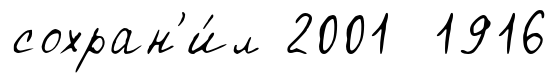
сохран'и́л 2001 1916